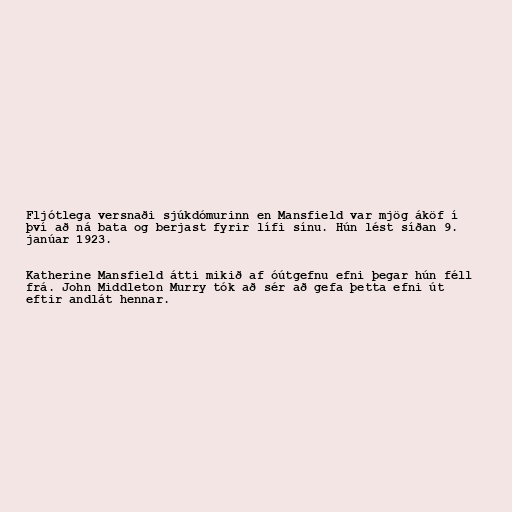
Fljótlega versnaði sjúkdómurinn en Mansfield var mjög áköf í
því að ná bata og berjast fyrir lífi sínu. Hún lést síðan 9.
janúar 1923.

Katherine Mansfield átti mikið af óútgefnu efni þegar hún féll
frá. John Middleton Murry tók að sér að gefa þetta efni út
eftir andlát hennar.